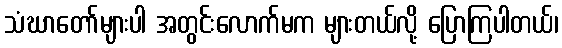
သံဃာတော်များပါ အတွင်းလောက်မက များတယ်လို့ ပြောကြပါတယ်၊